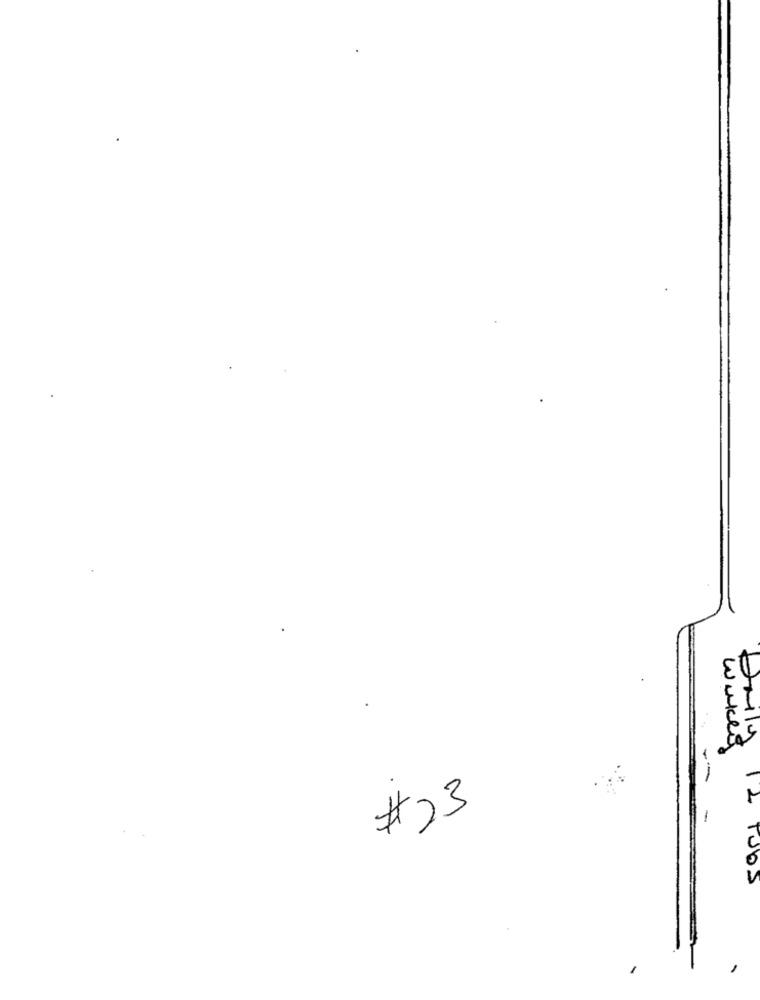
wakes
bully
#23
12
-
Tuba